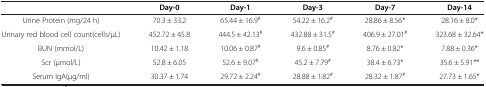
|  | Day-0 | Day-1 | Day-3 | Day-7 | Day-14 |
 | --- | --- | --- | --- | --- | --- |
 | Urine Protein (mg/24 h) | 70.3 ± 33.2 | 65.44 ± 16.9# | 54.22 ± 16.2# | 28.86 ± 8.56* | 28.16 ± 8.0* |
 | Urinary red blood cell count(cells/μL) | 452.72 ± 45.8 | 444.5 ± 42.13# | 432.88 ± 31.5# | 406.9 ± 27.01# | 323.68 ± 32.64* |
 | BUN (mmol/L) | 10.42 ± 1.18 | 10.06 ± 0.87# | 9.6 ± 0.85# | 8.76 ± 0.82* | 7.88 ± 0.36* |
 | Scr (μmol/L) | 52.8 ± 6.05 | 52.6 ± 9.07# | 45.2 ± 7.79# | 38.4 ± 6.73* | 35.6 ± 5.91** |
 | Serum IgA(μg/ml) | 30.37 ± 1.74 | 29.72 ± 2.24# | 28.88 ± 1.82# | 28.32 ± 1.87# | 27.73 ± 1.65* |